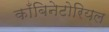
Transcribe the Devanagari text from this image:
काँबिनेटोरियल